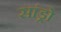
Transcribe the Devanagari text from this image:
सांड्रो